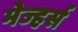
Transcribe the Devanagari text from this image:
मेज्हर्स